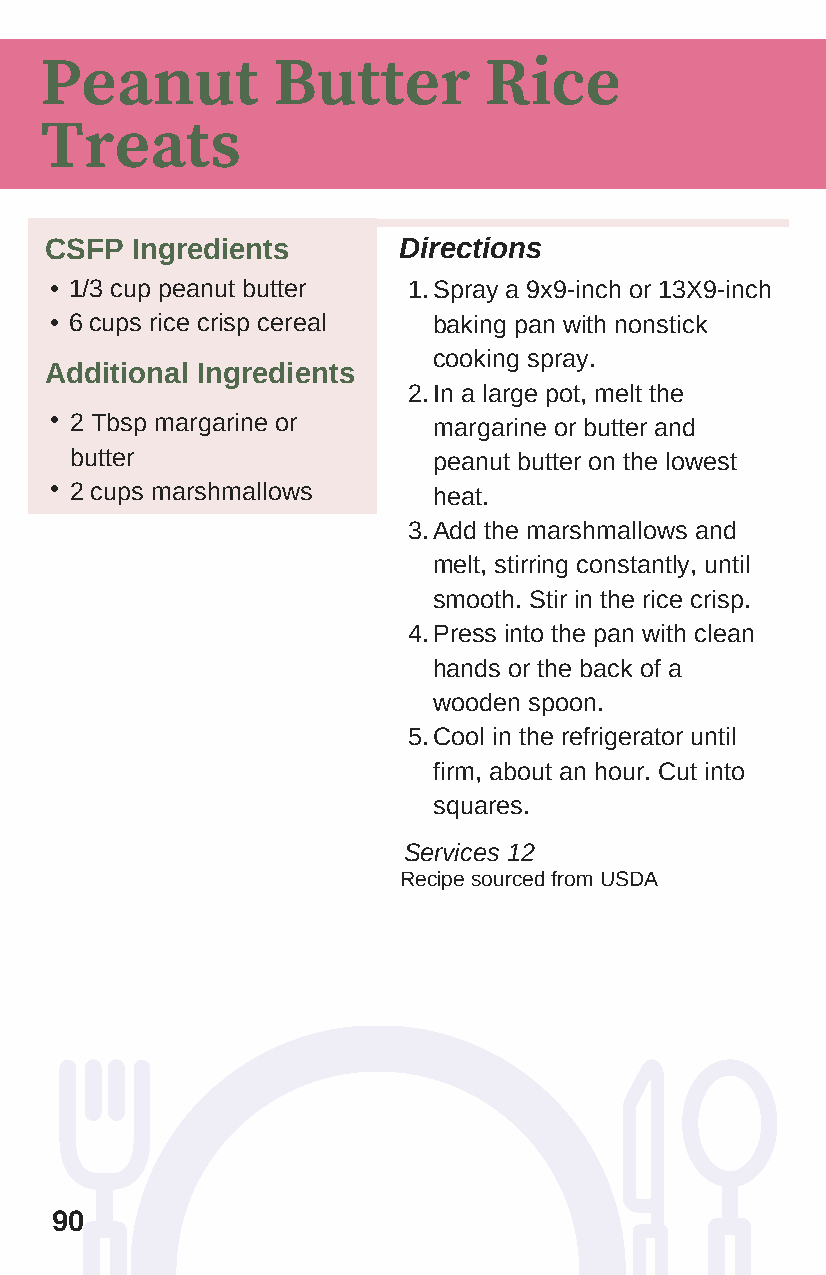
Peanut         Butter        Rice
 Treats
 CSFP  Ingredients      Directions
 • 1/3 cup peanut butter 1. Spray a 9x9-inch or 13X9-inch
 • 6 cups rice crisp cereal baking pan with nonstick
 cooking spray.
 Additional Ingredients
 2. In a large pot, melt the
 • 2 Tbsp margarine or     margarine or butter and
 butter                  peanut butter on the lowest
 • 2 cups marshmallows     heat.
 3. Add the marshmallows and
 melt, stirring constantly, until
 smooth. Stir in the rice crisp.
 4. Press into the pan with clean
 hands or the back of a
 wooden spoon.
 5.Cool in the refrigerator until
 firm, about an hour. Cut into
 squares.
 Services 12
 R ecipe sourced from USDA
 90